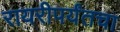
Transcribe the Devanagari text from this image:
रायरीपर्यंतचा